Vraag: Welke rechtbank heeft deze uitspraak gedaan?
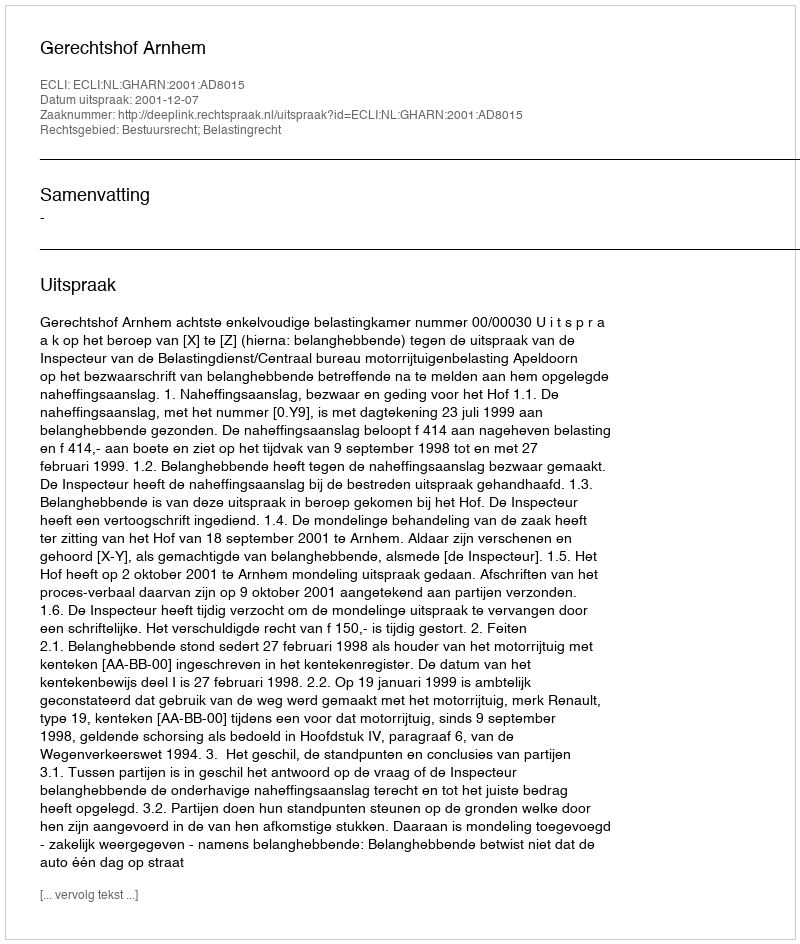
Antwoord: Gerechtshof Arnhem